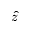
\hat { z }